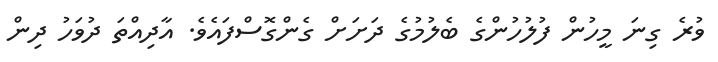
ވުރެ ގިނަ މީހުން ފުލުހުންގެ ބެލުމުގެ ދަށަށް ގެންގޮސްފައެވެ. އާދިއްތަ ދުވަހު ދިން